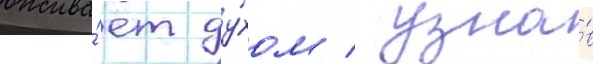
ожива́ет ду́хом / узна́в